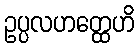
ဥပ္ပလဟတ္ထေဟိ